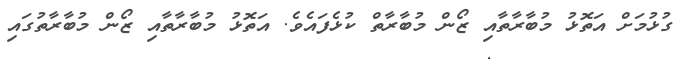
ގުޅުމަށް އަތޮޅު މުބާރާތާއި ޒޯން މުބާރާތް ކުޅެފައެވެ. އަތޮޅު މުބާރާތާއި ޒޯން މުބާރާތުގައި